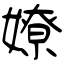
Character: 嫽